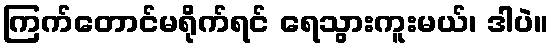
ကြက်တောင်မရိုက်ရင် ရေသွားကူးမယ်၊ ဒါပဲ။